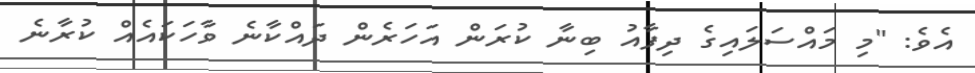
އެވެ: "މި މައްސަލައިގެ ދިފާއު ބިނާ ކުރަން އަހަރެން ދައްކާނެ ވާހަކައެއް ކުރާނެ